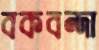
বকবন্দা